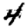
Digit: 4